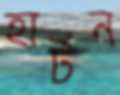
হার্টন